NASA-UAP-D1, Apollo 12 Transcript, 1969
Agency: NASA
Incident date: 1969
Incident location: Moon
Page 1
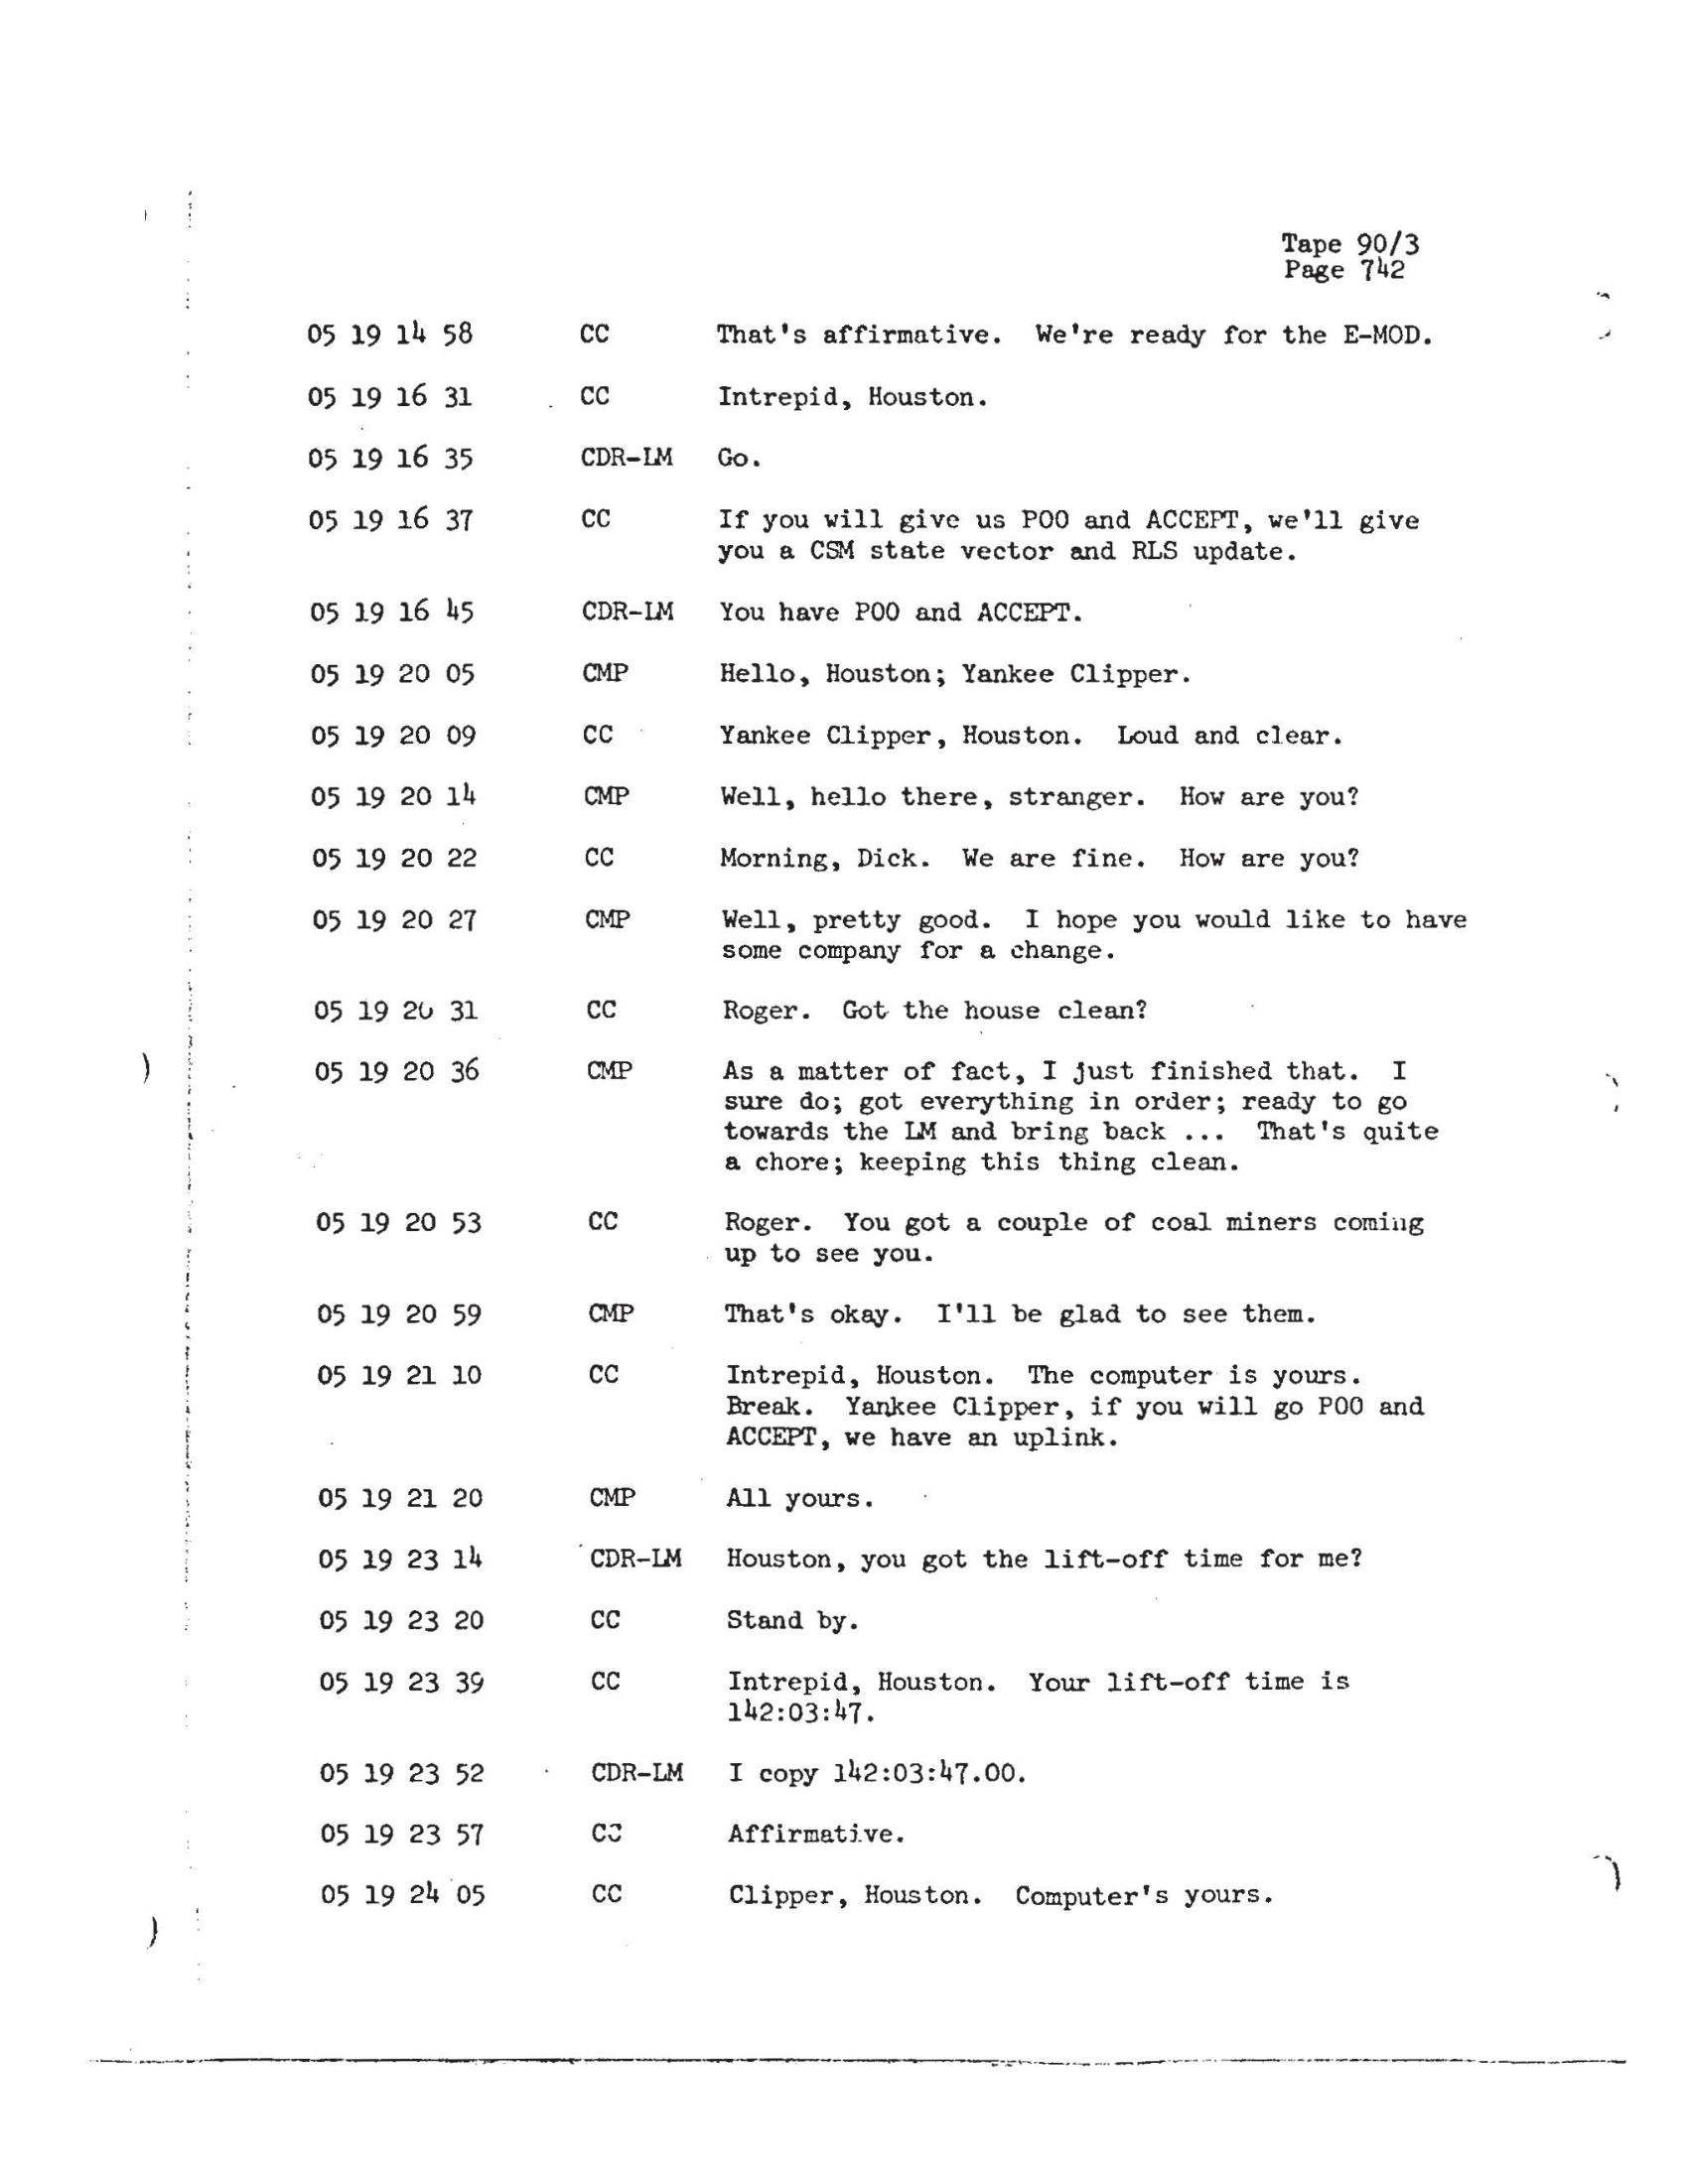